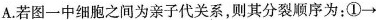
A.若图一中细胞之间为亲子代关系，则其分裂顺序为；①\rightarrow